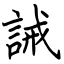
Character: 誡